Civil Veterinary Dept. North-West Frontier Province 1923-32 - 1923-1932
Year: 1923
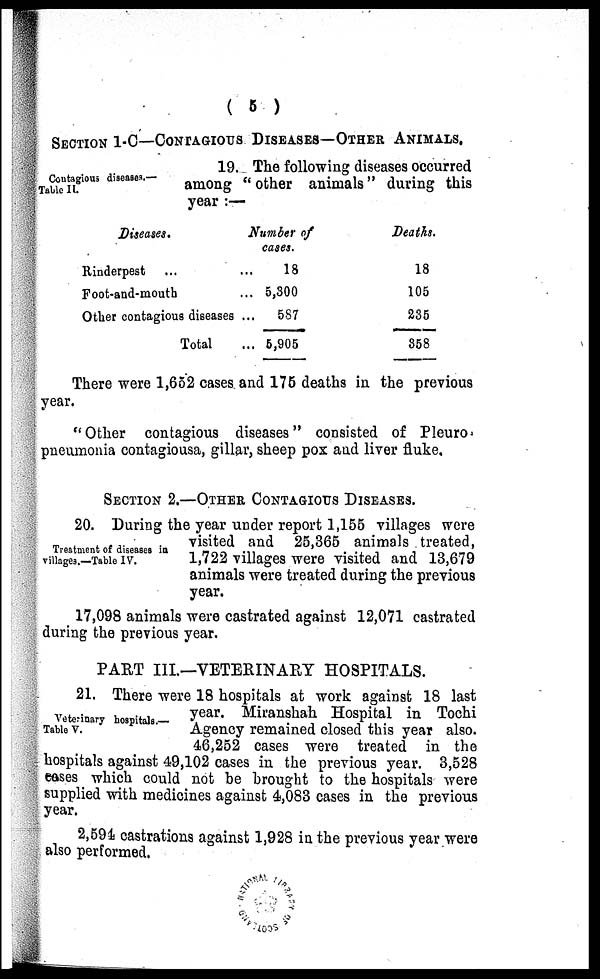
( 5 )
SECTION 1-C—CONTAGIOUS DISEASES—OTHER ANIMALS.
Contagious diseases.—
Table II.
19. The following diseases occurred
among " other animals " during this
year :—
Diseases.
Rinderpest ...
Foot-and-mouth
Other contagious diseases
Total
Number of
cases.
... 18
... 5,300
... 587
... 5,905
Deaths.
18
105
235
358
There were 1,652 cases and 175 deaths in the previous
year.
" Other contagious diseases " consisted of Pleuro
pneumonia contagiousa, gillar, sheep pox and liver fluke.
SECTION 2.—OTHER CONTAGIOUS DISEASES.
Treatment of diseases in
villages.—Table IV.
20. During the year under report 1,155 villages were
visited and 25,365 animals treated,
1,722 villages were visited and 13,679
animals were treated during the previous
year.
17,098 animals were castrated against 12,071 castrated
during the previous year.
PART III.—VETERINARY HOSPITALS.
Veterinary hospitals.—
Table V.
21. There were 18 hospitals at work against 18 last
year. Miranshah Hospital in Tochi
Agency remained closed this year also.
46,252 cases were treated in the
hospitals against 49,102 cases in the previous year. 3,528
eases which could not be brought to the hospitals were
supplied with medicines against 4,083 cases in the previous
year.
2,594 castrations against 1,928 in the previous year were
also performed.